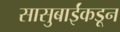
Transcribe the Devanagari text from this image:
सासुबाईंकडून